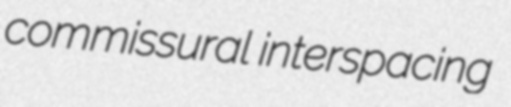
commissural interspacing